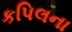
કપિલના